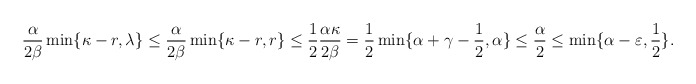
\begin{align*}\frac{\alpha}{2\beta}\min\{\kappa-r, \lambda\} \leq \frac{\alpha}{2\beta}\min\{\kappa-r, r\} \leq \frac{1}{2} \frac{\alpha\kappa}{2\beta} = \frac{1}{2} \min\{\alpha+\gamma-\frac{1}{2}, \alpha \} \leq \frac{\alpha}{2} \leq \min\{\alpha-\varepsilon,\frac{1}{2}\}.\end{align*}